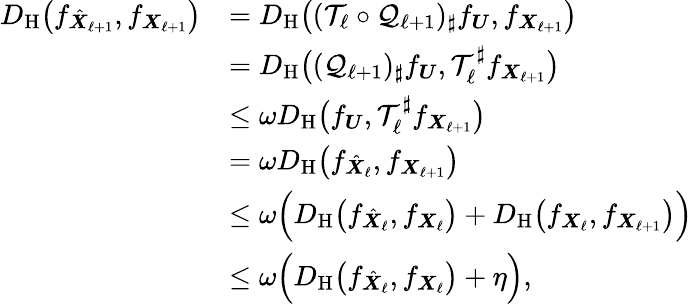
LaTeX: \begin{array}{rl}{D_{\mathrm{H}}\big(f_{\smash{\hat{\boldsymbol X}_{\ell+1}}},f_{{\boldsymbol X}_{\ell+1}}\big)}&{=D_{\mathrm{H}}\big((\mathcal{T}_{\ell}\circ\mathcal{Q}_{\ell+1})_{\sharp}f_{\boldsymbol U},f_{{\boldsymbol X}_{\ell+1}}\big)}\\ &{=D_{\mathrm{H}}\big((\mathcal{Q}_{\ell+1})_{\sharp}f_{\boldsymbol U},\mathcal{T}_{\ell}^{\sharp}f_{{\boldsymbol X}_{\ell+1}}\big)}\\ &{\leq\omega D_{\mathrm{H}}\big(f_{\boldsymbol U},\mathcal{T}_{\ell}^{\sharp}f_{{\boldsymbol X}_{\ell+1}}\big)}\\ &{=\omega D_{\mathrm{H}}\big(f_{\smash{\hat{\boldsymbol X}_{\ell}}},f_{{\boldsymbol X}_{\ell+1}}\big)}\\ &{\leq\omega\Big(D_{\mathrm{H}}\big(f_{\smash{\hat{\boldsymbol X}_{\ell}}},f_{{\boldsymbol X}_{\ell}}\big)+D_{\mathrm{H}}\big(f_{\smash{{\boldsymbol X}_{\ell}}},f_{{\boldsymbol X}_{\ell+1}}\big)\Big)}\\ &{\leq\omega\Big(D_{\mathrm{H}}\big(f_{\smash{\hat{\boldsymbol X}_{\ell}}},f_{{\boldsymbol X}_{\ell}}\big)+\eta\Big),}\end{array}